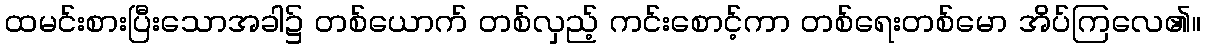
ထမင်းစားပြီးသောအခါ၌ တစ်ယောက် တစ်လှည့် ကင်းစောင့်ကာ တစ်ရေးတစ်မော အိပ်ကြလေ၏။